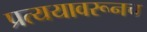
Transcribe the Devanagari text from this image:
प्रत्ययावरूनच